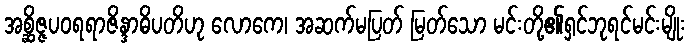
အစ္ဆိဇ္ဇပဝရရာဇိန္ဒာဓိပတိဟု လောကေ၊ အဆက်မပြတ် မြတ်သော မင်းတို့၏ရှင်ဘုရင်မင်းမျိုး